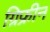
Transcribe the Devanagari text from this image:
ग्रिफ्रीन